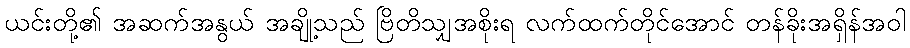
ယင်းတို့၏ အဆက်အနွယ် အချို့သည် ဗြိတိသျှအစိုးရ လက်ထက်တိုင်အောင် တန်ခိုးအရှိန်အဝါ